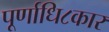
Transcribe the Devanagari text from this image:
पूर्णाधि८कार